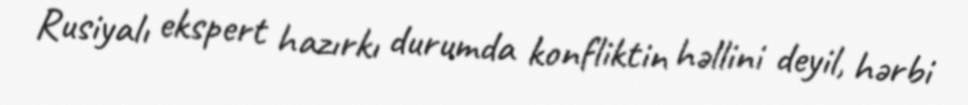
Rusiyalı ekspert hazırkı durumda konfliktin həllini deyil, hərbi